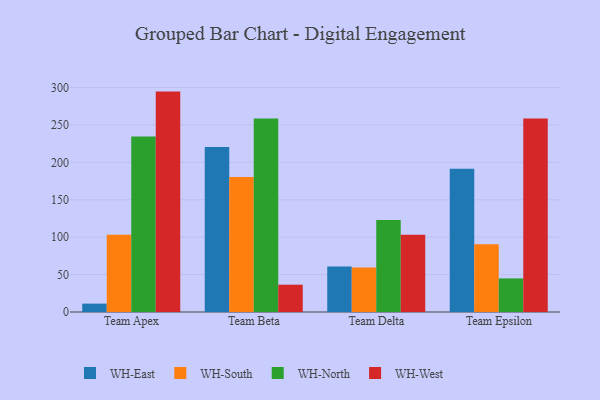
{"axis": {"x": "Team", "y": "Inventory Turnover"}, "legend": ["WH-East", "WH-North", "WH-South", "WH-West"], "data": [{"x": "Team Apex", "y": 11.2, "type": "WH-East"}, {"x": "Team Apex", "y": 103.2, "type": "WH-South"}, {"x": "Team Apex", "y": 234.6, "type": "WH-North"}, {"x": "Team Apex", "y": 294.5, "type": "WH-West"}, {"x": "Team Beta", "y": 220.4, "type": "WH-East"}, {"x": "Team Beta", "y": 180.5, "type": "WH-South"}, {"x": "Team Beta", "y": 258.5, "type": "WH-North"}, {"x": "Team Beta", "y": 36.5, "type": "WH-West"}, {"x": "Team Delta", "y": 60.9, "type": "WH-East"}, {"x": "Team Delta", "y": 59.3, "type": "WH-South"}, {"x": "Team Delta", "y": 122.8, "type": "WH-North"}, {"x": "Team Delta", "y": 103.2, "type": "WH-West"}, {"x": "Team Epsilon", "y": 191.5, "type": "WH-East"}, {"x": "Team Epsilon", "y": 90.6, "type": "WH-South"}, {"x": "Team Epsilon", "y": 44.9, "type": "WH-North"}, {"x": "Team Epsilon", "y": 258.7, "type": "WH-West"}]}